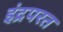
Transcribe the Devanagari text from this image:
इंद्रपरत